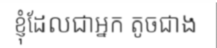
ខ្ញុំដែលជាអ្នក តូចជាង